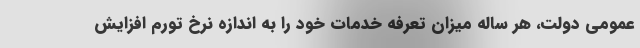
عمومی دولت، هر ساله میزان تعرفه خدمات خود را به اندازه نرخ تورم افزایش